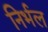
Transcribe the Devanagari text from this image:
निर्भल